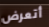
أتعرض